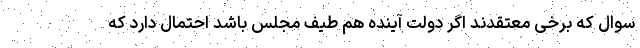
سوال که برخی معتقدند اگر دولت آینده هم طیف مجلس باشد احتمال دارد که